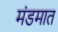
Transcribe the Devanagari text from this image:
मंडमात